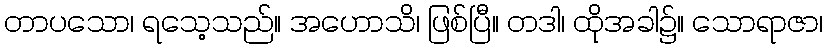
တာပသော၊ ရသေ့သည်။ အဟောသိ၊ ဖြစ်ပြီ။ တဒါ၊ ထိုအခါ၌။ သောရာဇာ၊